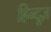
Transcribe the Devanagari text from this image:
हिन्दूज़